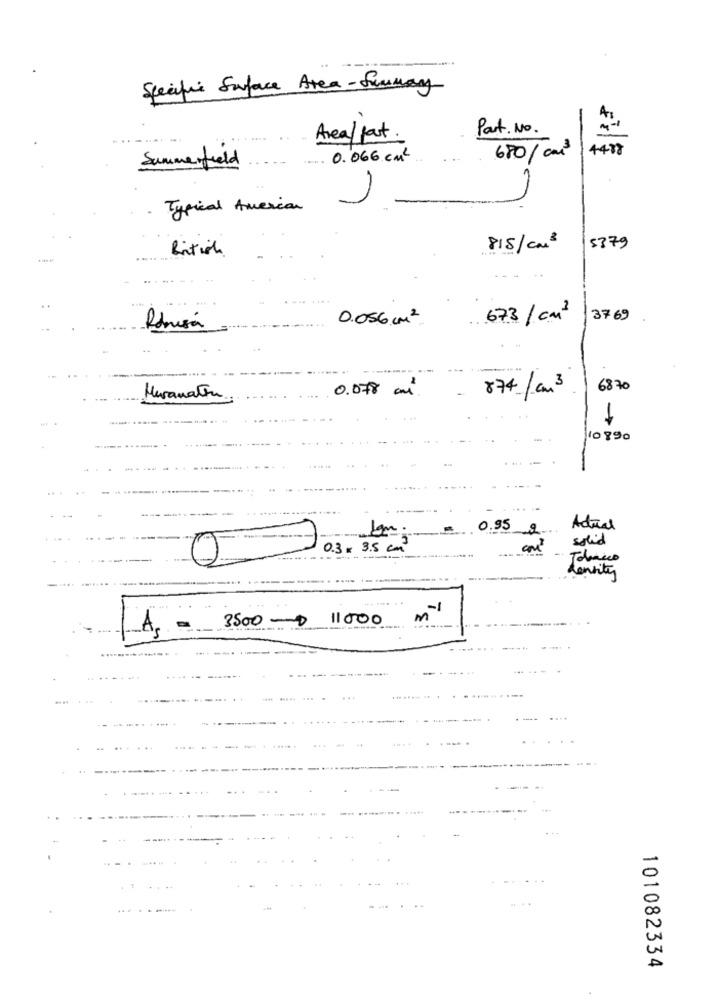
Specific Surface Area- Summary
Part. No.
Area/ fast.
4483
.. 0.066 cm2
680/ cms
Summerfield
Typical American
British
815/Cm3
15379
0.056 cm 2.
673/ cm2
3769
Redmisá
0.078 mi
874/cm 3
6870
Maranatha
1
10890
0.95
2
Actual
solid
0.3 x 3.5 cm
Tobacco
density
-1
3500 - $ 11000
m
-
101082334